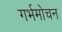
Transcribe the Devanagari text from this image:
गर्भमोचन